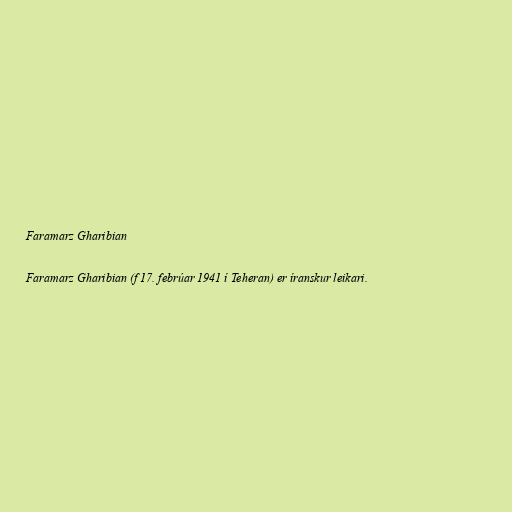
Faramarz Gharibian

Faramarz Gharibian (f 17. febrúar 1941 í Teheran) er íranskur leikari.